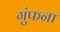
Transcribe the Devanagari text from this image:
गुंफना